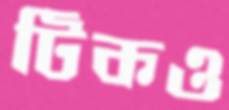
টিকও